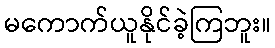
မကောက်ယူနိုင်ခဲ့ကြဘူး။